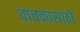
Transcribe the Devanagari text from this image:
वाचकासाठी